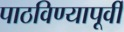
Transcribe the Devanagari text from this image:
पाठविण्यापूर्वी